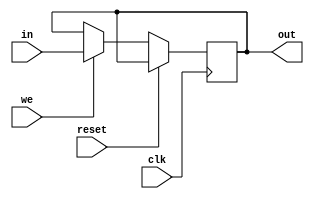
module lab33(in,we,clk,out,reset);
  input clk,in,we,reset;
  output reg out;
  
  
  assign d = we ? in : out;
  always @ (posedge clk) 
    begin 
      if(~reset)
      out <= d;
    end 
  
endmodule